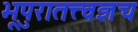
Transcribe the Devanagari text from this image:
भूपुरातत्त्वज्ञच